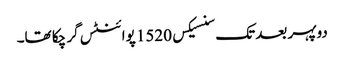
دوپہر بعد تک سنسیکس 1520 پوائنٹس گر چکا تھا۔